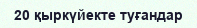
20 қыркүйекте туғандар